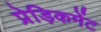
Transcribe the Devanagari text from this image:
प्रेड़िकमेंट